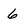
Character: 6